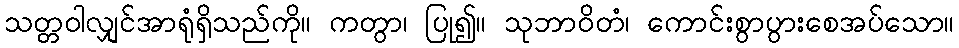
သတ္တဝါလျှင်အာရုံရှိသည်ကို။ ကတွာ၊ ပြု၍။ သုဘာဝိတံ၊ ကောင်းစွာပွားစေအပ်သော။